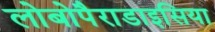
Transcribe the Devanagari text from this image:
लोबोपैराडाइसिया